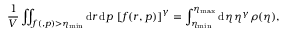
\frac { 1 } { V } \iint _ { f ( \v { r } , \v { p } ) > \eta _ { \mathrm { m i n } } } \mathrm { d } \boldsymbol { r } \, \mathrm { d } \boldsymbol { p } \, \left[ f ( \boldsymbol { r } , \boldsymbol { p } ) \right] ^ { \gamma } = \int _ { \eta _ { \mathrm { m i n } } } ^ { \eta _ { \mathrm { m a x } } } \mathrm { d } \eta \, \eta ^ { \gamma } \rho ( \eta ) ,